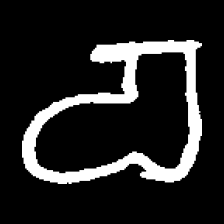
Pyu character \u2014 Myanmar letter: စ (romanized: ca)